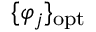
\{ \varphi _ { j } \} _ { \mathrm { o p t } }